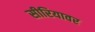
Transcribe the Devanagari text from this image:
सीरियावर